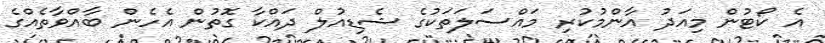
އެ ކޯޓުން މިއަދު އާންމުކުރި މައްސަލަތަކުގެ ޝެޑިއުލް ދައްކާ ގޮތުން އެހެން ބާއްވާތެއްގެ